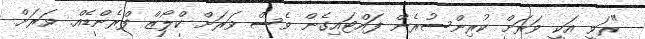
"ރަވީ އަކީ ވަރަށް ކުރިންސުރެން ފައްޓައިގެން ވެސް ވަރަށް ކްލޯޒް ފްރެންޑެއް. ވަރަށް